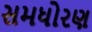
સમધોરણ